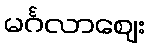
မင်္ဂလာဈေး